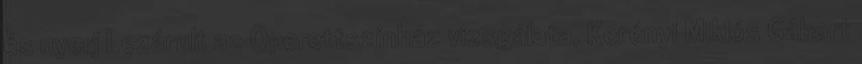
és nyerj Lezárult az Operettszínház vizsgálata, Kerényi Miklós Gábort